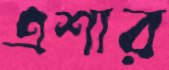
এশার